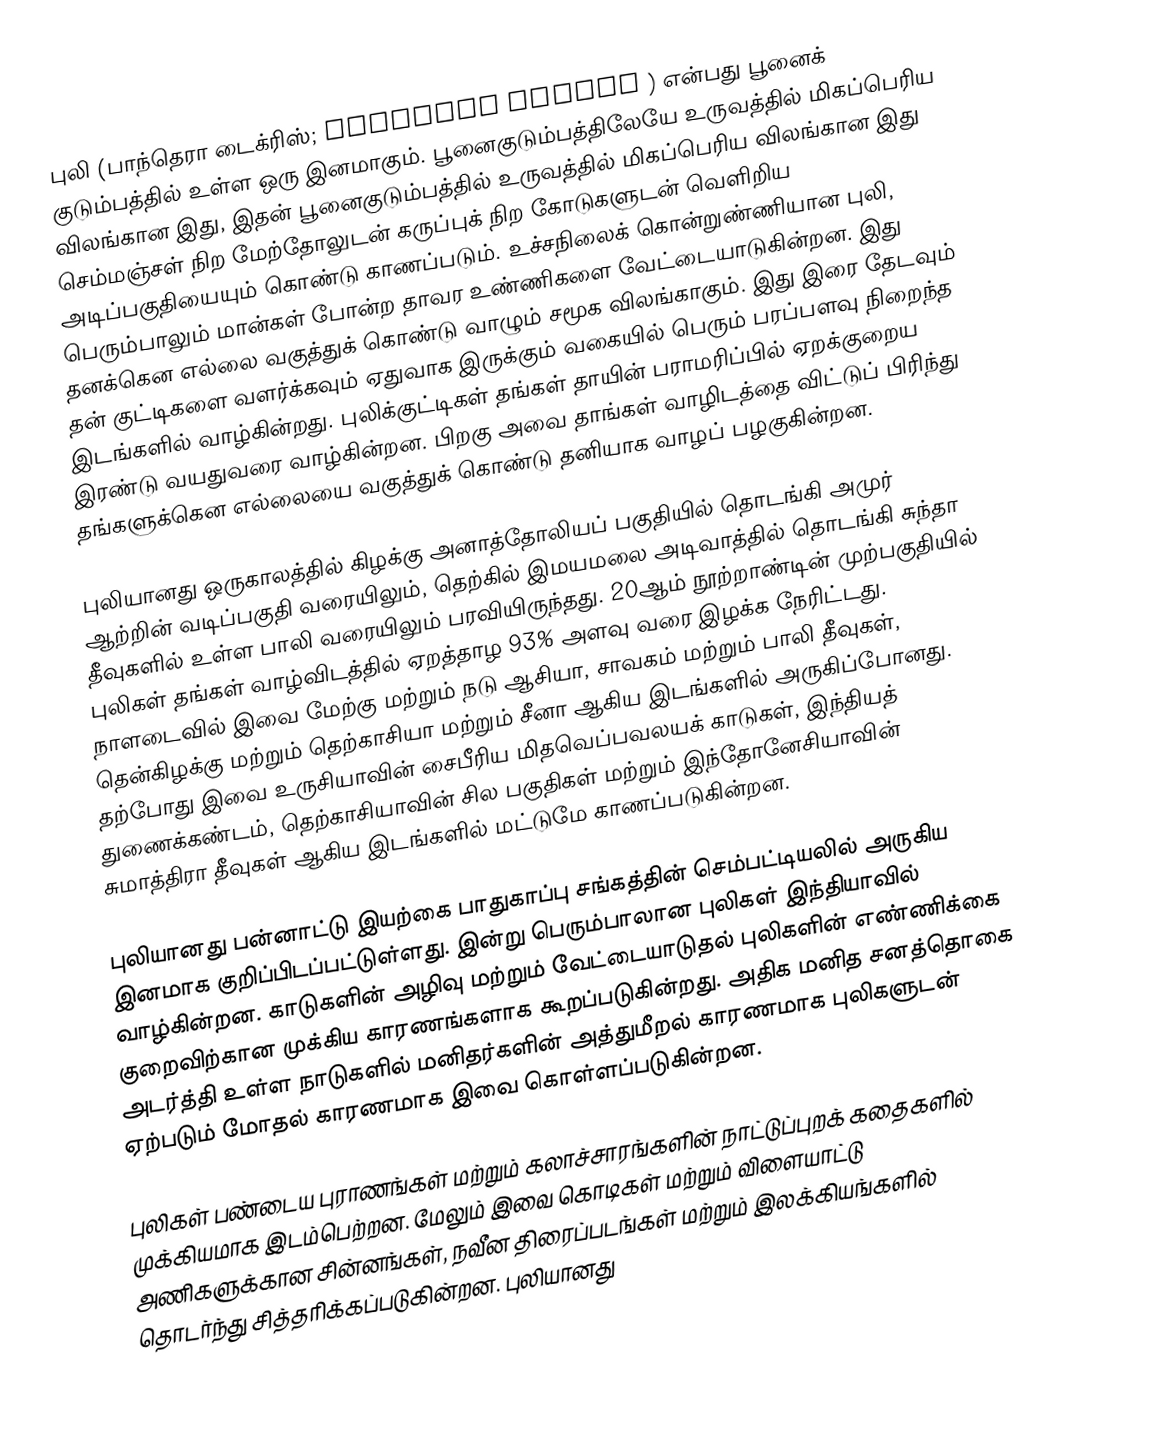
புலி (பாந்தெரா டைக்ரிஸ்; Panthera tigris ) என்பது பூனைக் குடும்பத்தில் உள்ள  ஒரு இனமாகும். பூனைகுடும்பத்திலேயே உருவத்தில் மிகப்பெரிய விலங்கான இது, இதன் பூனைகுடும்பத்தில் உருவத்தில் மிகப்பெரிய விலங்கான இது செம்மஞ்சள் நிற மேற்தோலுடன் கருப்புக் நிற கோடுகளுடன் வெளிறிய அடிப்பகுதியையும் கொண்டு காணப்படும். உச்சநிலைக் கொன்றுண்ணியான புலி, பெரும்பாலும் மான்கள் போன்ற தாவர உண்ணிகளை வேட்டையாடுகின்றன. இது தனக்கென எல்லை வகுத்துக் கொண்டு வாழும் சமூக விலங்காகும். இது இரை தேடவும் தன் குட்டிகளை வளர்க்கவும் ஏதுவாக இருக்கும் வகையில் பெரும் பரப்பளவு நிறைந்த இடங்களில் வாழ்கின்றது. புலிக்குட்டிகள் தங்கள் தாயின் பராமரிப்பில் ஏறக்குறைய இரண்டு வயதுவரை வாழ்கின்றன. பிறகு அவை தாங்கள் வாழிடத்தை விட்டுப் பிரிந்து தங்களுக்கென எல்லையை வகுத்துக் கொண்டு தனியாக வாழப் பழகுகின்றன.

புலியானது ஒருகாலத்தில் கிழக்கு அனாத்தோலியப் பகுதியில் தொடங்கி அமுர் ஆற்றின் வடிப்பகுதி வரையிலும், தெற்கில் இமயமலை அடிவாத்தில் தொடங்கி சுந்தா தீவுகளில் உள்ள பாலி வரையிலும் பரவியிருந்தது. 20ஆம் நூற்றாண்டின் முற்பகுதியில் புலிகள் தங்கள் வாழ்விடத்தில் ஏறத்தாழ 93% அளவு வரை இழக்க நேரிட்டது. நாளடைவில் இவை மேற்கு மற்றும் நடு ஆசியா, சாவகம் மற்றும் பாலி தீவுகள், தென்கிழக்கு மற்றும் தெற்காசியா மற்றும் சீனா ஆகிய இடங்களில் அருகிப்போனது. தற்போது இவை உருசியாவின் சைபீரிய மிதவெப்பவலயக் காடுகள், இந்தியத் துணைக்கண்டம், தெற்காசியாவின் சில பகுதிகள் மற்றும் இந்தோனேசியாவின் சுமாத்திரா தீவுகள் ஆகிய இடங்களில் மட்டுமே காணப்படுகின்றன.

புலியானது பன்னாட்டு இயற்கை பாதுகாப்பு சங்கத்தின் செம்பட்டியலில் அருகிய இனமாக குறிப்பிடப்பட்டுள்ளது. இன்று பெரும்பாலான புலிகள் இந்தியாவில் வாழ்கின்றன. காடுகளின் அழிவு மற்றும் வேட்டையாடுதல் புலிகளின் எண்ணிக்கை குறைவிற்கான முக்கிய காரணங்களாக கூறப்படுகின்றது. அதிக மனித சனத்தொகை அடர்த்தி உள்ள நாடுகளில் மனிதர்களின் அத்துமீறல் காரணமாக புலிகளுடன் ஏற்படும் மோதல் காரணமாக இவை கொள்ளப்படுகின்றன.

புலிகள் பண்டைய புராணங்கள் மற்றும் கலாச்சாரங்களின் நாட்டுப்புறக் கதைகளில் முக்கியமாக இடம்பெற்றன. மேலும் இவை கொடிகள் மற்றும் விளையாட்டு அணிகளுக்கான சின்னங்கள், நவீன திரைப்படங்கள் மற்றும் இலக்கியங்களில் தொடர்ந்து சித்தரிக்கப்படுகின்றன. புலியானது